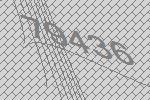
79436